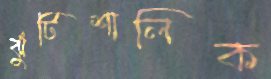
ঝুঁটিশালিক